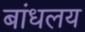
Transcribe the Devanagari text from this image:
बांधलय